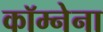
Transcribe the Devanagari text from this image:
कॉम्नेना